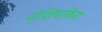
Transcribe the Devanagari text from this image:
योशियाकिरा